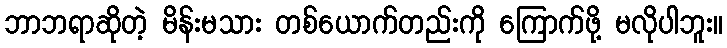
ဘာဘရာဆိုတဲ့ မိန်းမသား တစ်ယောက်တည်းကို ကြောက်ဖို့ မလိုပါဘူး။